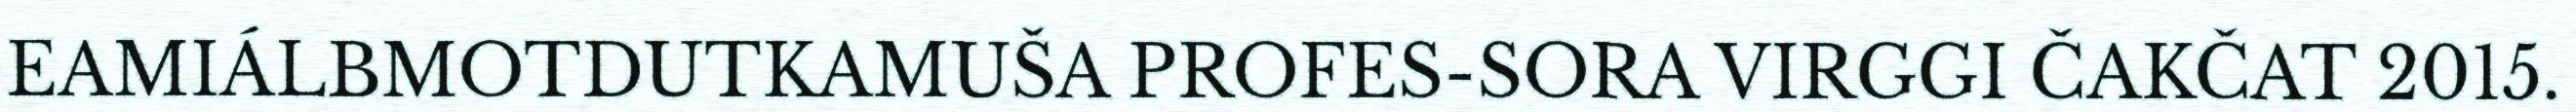
EAMIÁLBMOTDUTKAMUŠA PROFES-SORA VIRGGI ČAKČAT 2015.